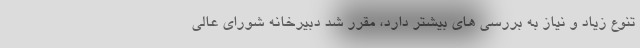
تنوع زیاد و نیاز به بررسی های بیشتر دارد، مقرر شد دبیرخانه شورای عالی